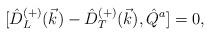
LaTeX: \begin{align*}{[}\hat{D}^{(+)}_L(\vec{k})-\hat{D}^{(+)}_T(\vec{k}),\hat{Q}^a]=0,\end{align*}